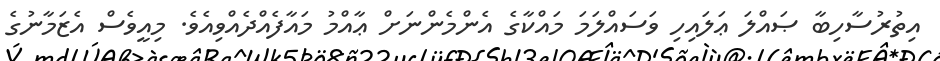
އިތުރުސާހިބާ ޞައްލަ ޢަލައިހި ވަސައްލަމަ މައްކާގެ އެންމެންނަށް ޢާއްމު މައާފެއްދެއްވިއެވެ. މިއީވެސް އެޒަމާނުގެ